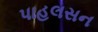
પાહલસન